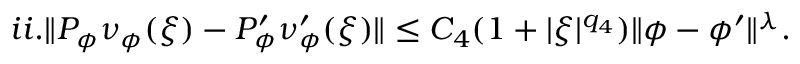
\begin{array} { r } { i i . \| P _ { \phi } \nu _ { \phi } ( \xi ) - P _ { \phi } ^ { \prime } \nu _ { \phi } ^ { \prime } ( \xi ) \| \le C _ { 4 } ( 1 + | \xi | ^ { q _ { 4 } } ) \| \phi - \phi ^ { \prime } \| ^ { \lambda } . } \end{array}